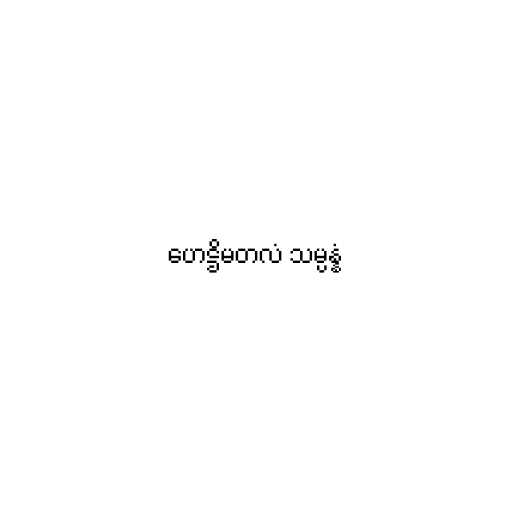
ဟေဋ္ဌိမတလံ သမ္ပန္နံ